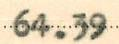
64.39